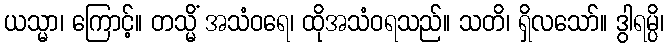
ယသ္မာ၊ ကြောင့်။ တသ္မိံ အသံဝရေ၊ ထိုအသံဝရသည်။ သတိ၊ ရှိလသော်။ ဒွါရမ္ပိ၊